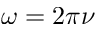
\omega = 2 \pi \nu